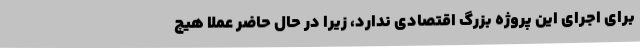
برای اجرای این پروژه بزرگ اقتصادی ندارد، زیرا در حال حاضر عملا هیچ